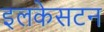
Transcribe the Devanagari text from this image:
इलकेसटन